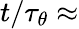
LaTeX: t/\tau_{\theta}\approx